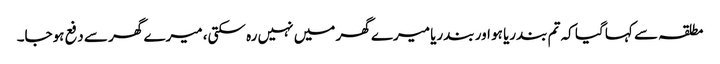
مطلقہ سے کہا گیا کہ تم بندریا ہو اور بندریا میرے گھر میں نہیں رہ سکتی، میرے گھر سے دفع ہوجا۔